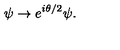
\psi \rightarrow e ^ { i \theta / 2 } \psi .